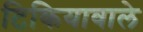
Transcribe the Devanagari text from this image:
टिकियावाले